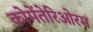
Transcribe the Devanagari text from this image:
कोमेंतेरिओरम